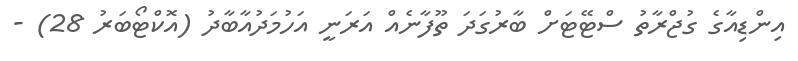
އިންޑިއާގެ ގުޖްރާތު ސްޓޭޓަށް ބާރުގަދަ ތޫފާނެއް އަރަނީ އަހުމަދުއާބާދު (އޮކްޓޯބަރު 28) -